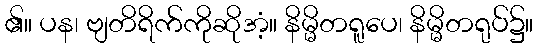
၏။ ပန၊ ဗျတိရိက်ကိုဆိုအံ့။ နိမ္မိတရူပေ၊ နိမ္မိတရုပ်၌။